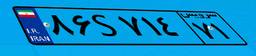
۵۶S۰۹۷۰۲